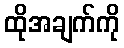
ထိုအချက်ကို